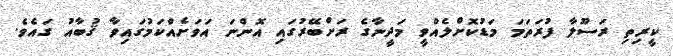
ކީރިތި ރަސޫލާ ފުރަތަމަ މަޑުކޮށްލެއްވީ މަދީނާގެ ރަށްބޭރުގައި އޮންނަ އަވަށެއްކަމުގައިވާ ޤުބާއު ގައެވެ.